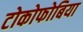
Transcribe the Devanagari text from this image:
टोकोफोबिया